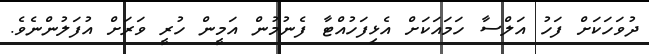
ދުވަހަކަށް ފަހު އަލްސާ ހަމައަކަށް އެޅިފަހުއްޓާ ފެނުމުން އަމީން ހުރީ ވަރަށް އުފަލުންނެވެ.